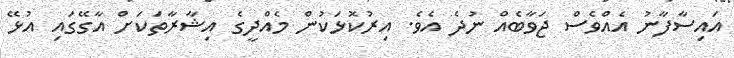
އައިސާފާނު އެއްވެސް ޖަވާބެއް ނުދެ އެވެ. އިރުކޮޅަކުން މެއްދީގެ އިޝާރާތަކަށް އާގޭގައި އުޅޭ